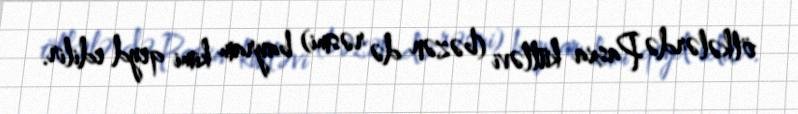
ölkələrdə Pasxa kütləvi (bəzən də rəsmi) bayram kimi qeyd edilir.